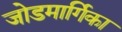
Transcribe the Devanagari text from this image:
जोडमार्गिका